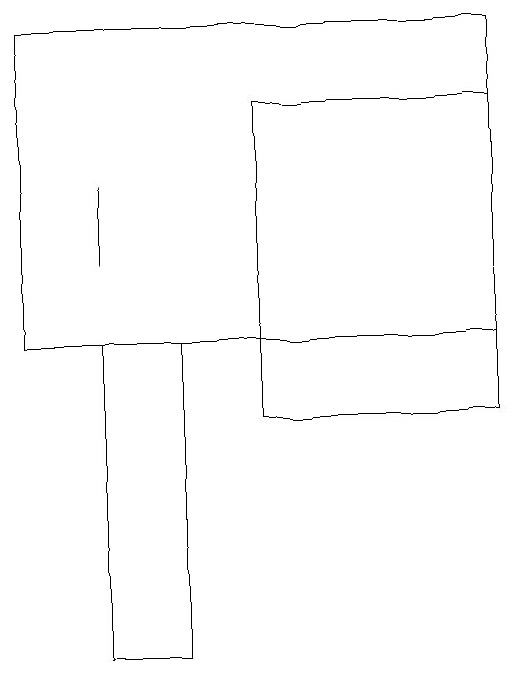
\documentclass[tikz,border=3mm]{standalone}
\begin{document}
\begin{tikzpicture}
\draw (4,11) rectangle (3,15);
\draw (8,19) rectangle (2,15);
\draw (5,18) rectangle (8,14);
\draw (3,17) rectangle (3,16);
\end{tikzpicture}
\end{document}